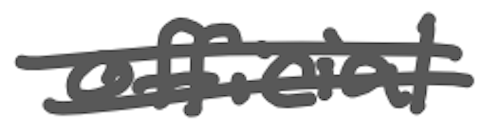
Text: official
Cross-out: double-line
Writing tool: digital_gray